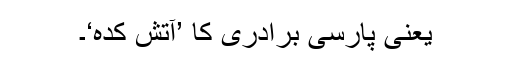
یعنی پارسی برادری کا ’آتش کدہ‘۔